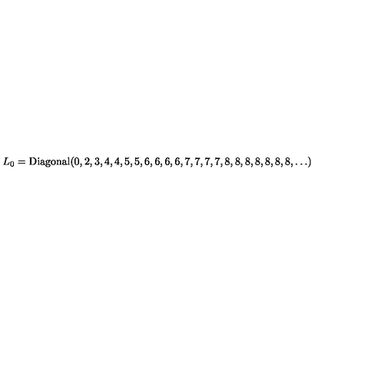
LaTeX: L _ { 0 } = \mathrm { D i a g o n a l } ( 0 , 2 , 3 , 4 , 4 , 5 , 5 , 6 , 6 , 6 , 6 , 7 , 7 , 7 , 7 , 8 , 8 , 8 , 8 , 8 , 8 , 8 , \ldots )